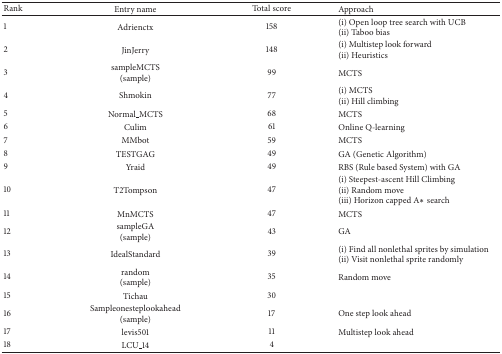
| Rank | Entry name | Total score | Approach |
 | --- | --- | --- | --- |
 | 1 | Adrienctx | 158 | (i) Open loop tree search with UCB(ii) Taboo bias |
 | 2 | JinJerry | 148 | (i) Multistep look forward(ii) Heuristics |
 | 3 | sampleMCTS (sample) | 99 | MCTS |
 | 4 | Shmokin | 77 | (i) MCTS(ii) Hill climbing |
 | 5 | Normal_MCTS | 68 | MCTS |
 | 6 | Culim | 61 | Online Q-learning |
 | 7 | MMbot | 59 | MCTS |
 | 8 | TESTGAG | 49 | GA (Genetic Algorithm) |
 | 9 | Yraid | 49 | RBS (Rule based System) with GA |
 | 10 | T2Tompson | 47 | (i) Steepest-ascent Hill Climbing(ii) Random move(iii) Horizon capped A∗ search |
 | 11 | MnMCTS | 47 | MCTS |
 | 12 | sampleGA (sample) | 43 | GA |
 | 13 | IdealStandard | 39 | (i) Find all nonlethal sprites by simulation (ii) Visit nonlethal sprite randomly |
 | 14 | random (sample) | 35 | Random move |
 | 15 | Tichau | 30 |  |
 | 16 | Sampleonesteplookahead (sample) | 17 | One step look ahead |
 | 17 | levis501 | 11 | Multistep look ahead |
 | 18 | LCU_14 | 4 |  |